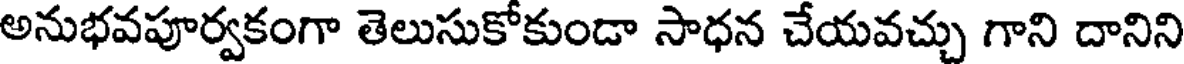
అనుభవపూర్వకంగా తెలుసుకోకుండా సాధన చేయవచ్చు గాని దానిని